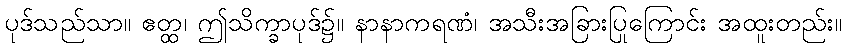
ပုဒ်သည်သာ။ ဧတ္ထ၊ ဤသိက္ခာပုဒ်၌။ နာနာကရဏံ၊ အသီးအခြားပြုကြောင်း အထူးတည်း။